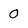
Character: 0